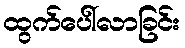
ထွက်ပေါ်လာခြင်း